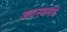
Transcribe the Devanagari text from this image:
अवस्थमधे